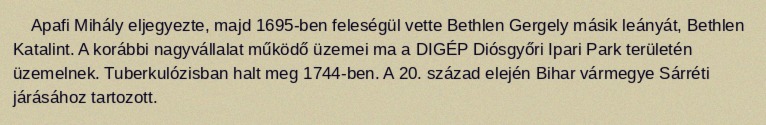
Apafi Mihály eljegyezte, majd 1695-ben feleségül vette Bethlen Gergely másik leányát, Bethlen Katalint. A korábbi nagyvállalat működő üzemei ma a DIGÉP Diósgyőri Ipari Park területén üzemelnek. Tuberkulózisban halt meg 1744-ben. A 20. század elején Bihar vármegye Sárréti járásához tartozott.